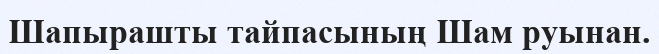
Шапырашты тайпасының Шам руынан.